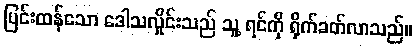
ပြင်းထန်သော ဒေါသလှိုင်းသည် သူ့ ရင်ကို ရိုက်ခတ်လာသည်။